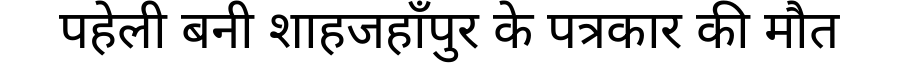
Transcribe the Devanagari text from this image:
पहेली बनी शाहजहाँपुर के पत्रकार की मौत